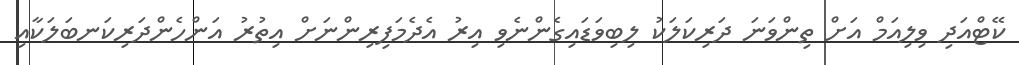
ކޭޓްއަދި ވިލިއަމް އަށް ތިންވަނަ ދަރިކަލަކު ލިބިވަޑައިގެންނެވި އިރު އެދެމަފިރިންނަށް އިތުރު އަންހެންދަރިކަނބަލަކާއި